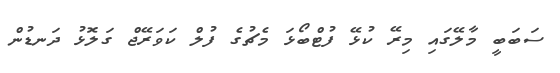
ސަބަބީ މާލޭގައި މިރޭ ކުޅޭ ފުޓްބޯޅަ މެޗުގެ ފުލް ކަވަރޭޖް ގަލޮޅު ދަނޑުން